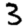
Digit: 3